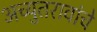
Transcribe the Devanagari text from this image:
अच्युतरावांचे